Annual report of the Prince of Wales Medical College, Patna
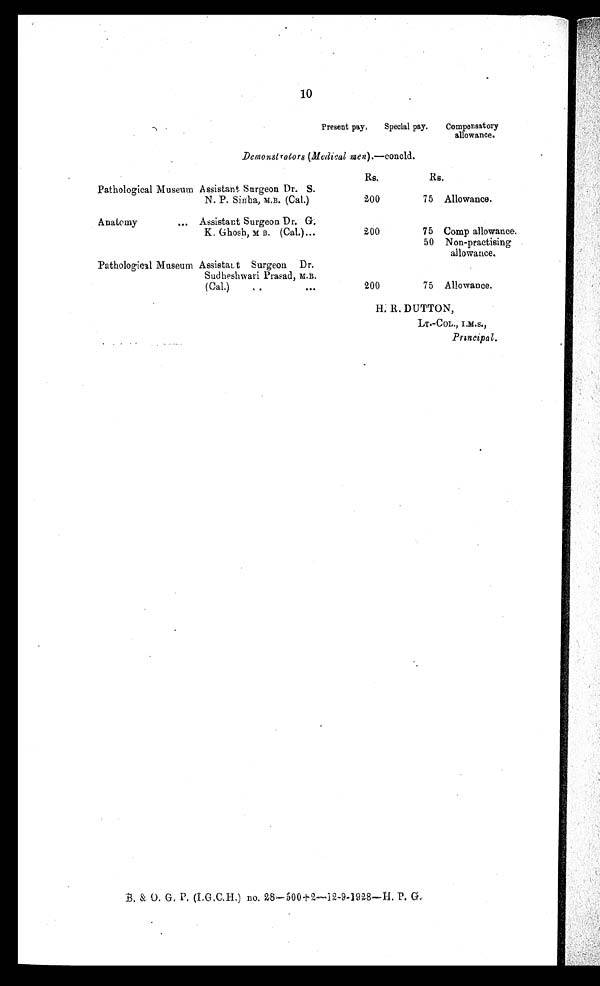
10
Present pay.
Special pay.
Compensatory
allowance.
Demonstrators (Medical men) .—concld.
Rs.
Rs.
Pathological Museum Assistant Surgeon Dr. S.
N. P. Sinha, M.B. (Cal.)
200
75 Allowance.
Anatomy
...
Assistant Surgeon Dr. G.
K. Ghosh, M.B . ( C a l . ) . . .
200
75 Comp allowance.
50 Non-practising
allowance.
Pathological Museum Assistant Surgeon Dr.
Sudheshwari Prasad, M.B.
(Cal.)
..
. . .
200
75 Allowance.
H. R. DUTTON,
LT.-COL., I.M.S.,
Principal.
B. & O. G. P. (I. G. C. H. ) no. 28—500+2. —12-9-1928—H. P. G.